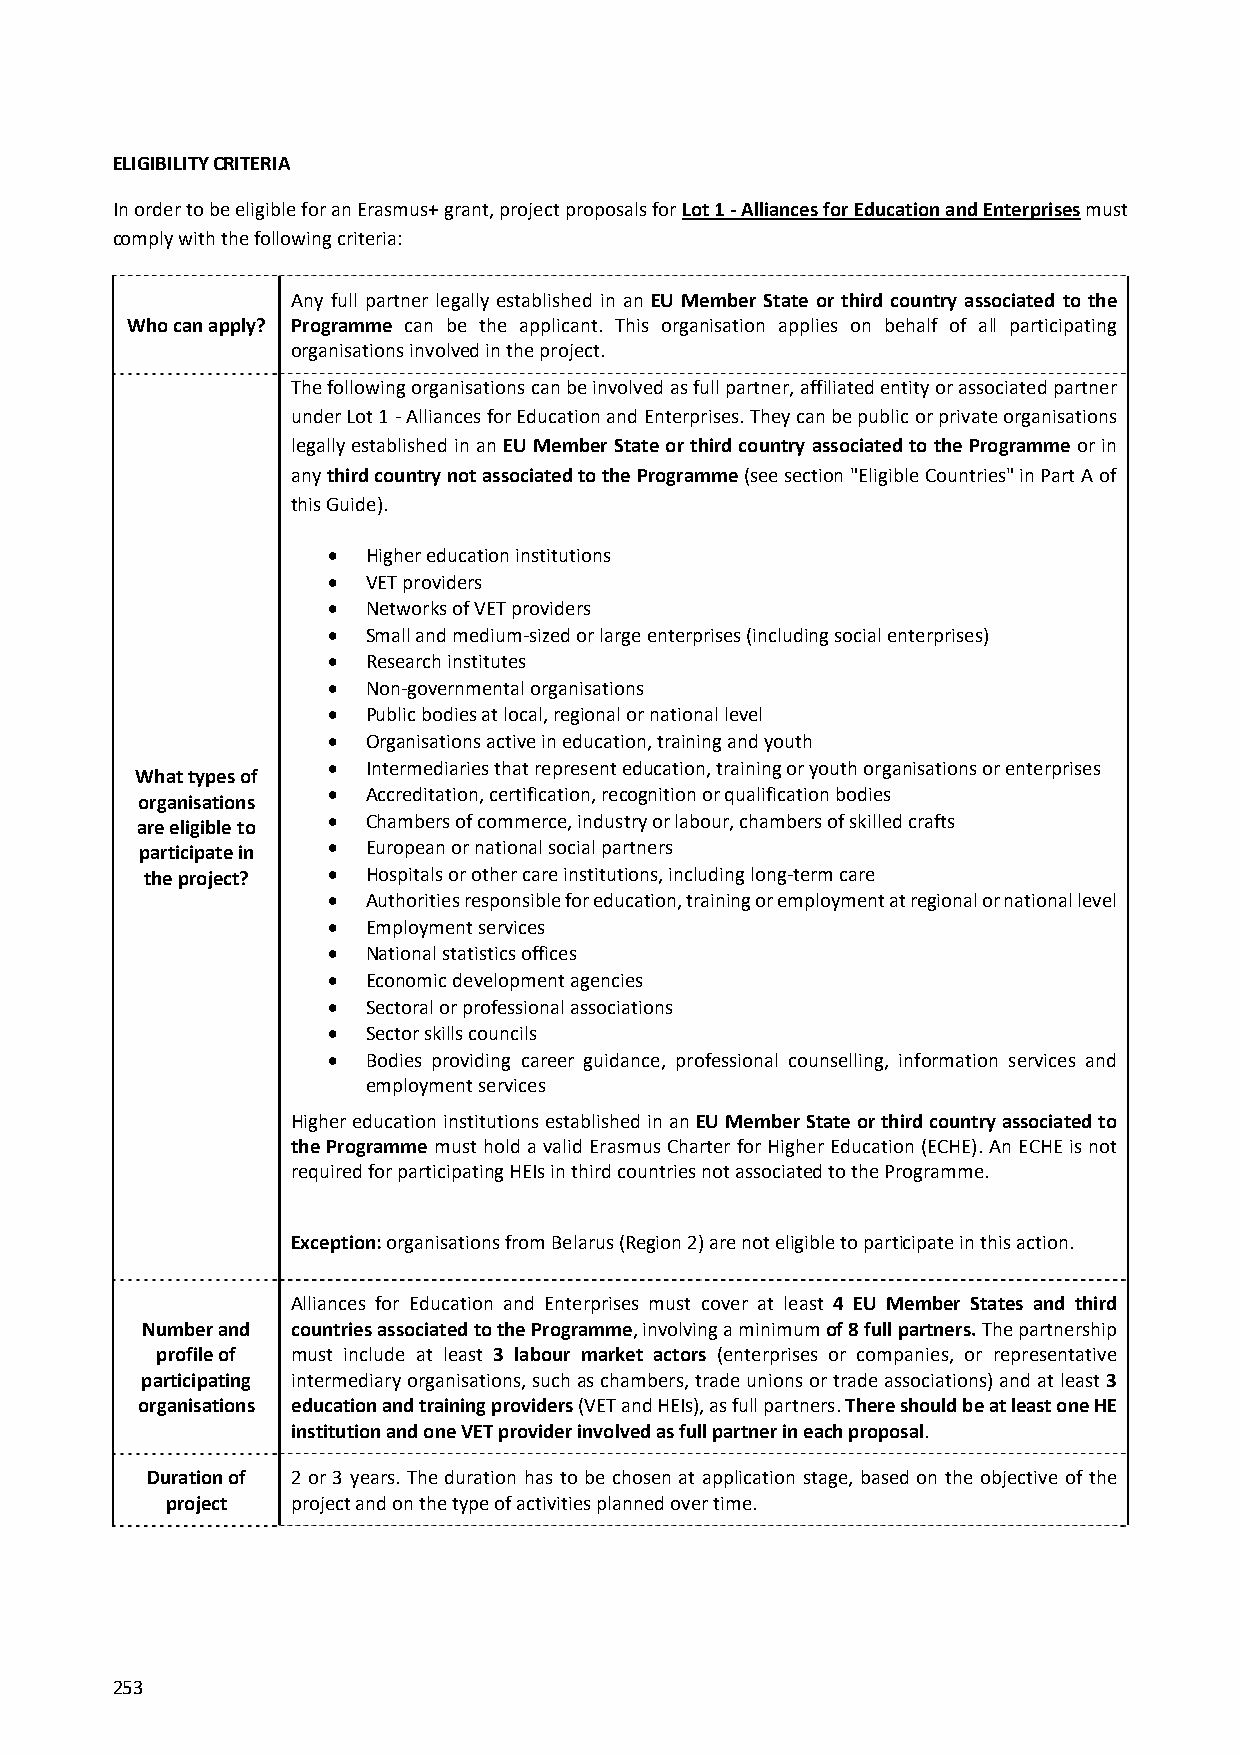
ELIGIBILITY CRITERIA
 In order to be eligible for an Erasmus+ grant, project proposals for Lot 1 ‐ Alliances for Education and Enterprises must
 comply with the following criteria:
 Any full partner legally established in an EU Member State or third country associated to the
 Who can apply? Programme can be the applicant. This organisation applies on behalf of all participating
 organisations involved in the project.
 The following organisations can be involved as full partner,affiliated entity or associated partner
 under Lot 1 ‐ Alliances for Education and Enterprises. They can be public or private organisations
 legally established in an EU Member State or third country associated to the Programme or in
 any third country not associated to the Programme (see section "Eligible Countries" in Part A of
 this Guide).
  Higher education institutions
  VET providers
  Networks of VET providers
  Small and medium‐sized or large enterprises (including social enterprises)
  Research institutes
  Non‐governmental organisations
  Public bodies at local, regional or national level
  Organisations active in education, training and youth
  Intermediaries that represent education, training or youth organisations or enterprises
 What types of
  Accreditation, certification, recognition or qualification bodies
 organisations
 are eligible to  Chambers of commerce, industry or labour, chambers of skilled crafts
 participate in  European or national social partners
 the project?  Hospitals or other care institutions, including long‐term care
  Authorities responsible for education, training or employment at regional or national level
  Employment services
  National statistics offices
  Economic development agencies
  Sectoral or professional associations
  Sector skills councils
  Bodies providing career guidance, professional counselling, information services and
 employment services
 Higher education institutions established in an EU Member State or third country associated to
 the Programme must hold a valid Erasmus Charter for Higher Education (ECHE). An ECHE is not
 required for participating HEIs in third countries not associated to the Programme.
 Exception: organisations from Belarus (Region 2) are not eligible to participate in this action.
 Alliances for Education and Enterprises must cover at least 4 EU Member States and third
 Number and countries associated to the Programme, involving a minimum of 8 full partners. The partnership
 profile of must include at least 3 labour market actors (enterprises or companies, or representative
 participating intermediary organisations, such as chambers, trade unions or trade associations) and at least 3
 organisations education and training providers (VET and HEIs), as full partners. There should be at least one HE
 institution and one VET provider involved as full partner in each proposal.
 Duration of 2 or 3 years. The duration has to be chosen at application stage, based on the objective of the
 project project and on the type of activities planned over time.
 253